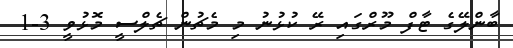
ބާންލޭގެ ޓާފް މޫރްގައި ރޭ ކުޅުނު މި މެޗުން ޗެލްސީ މޮޅުވީ 3-1